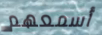
أسمعهم